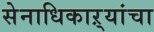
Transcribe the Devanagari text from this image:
सेनाधिकाऱ्यांचा